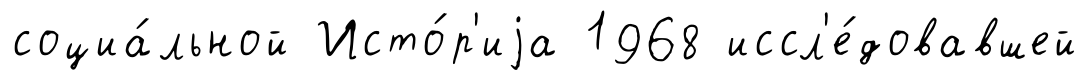
социа́льной Исто́р'иjа 1968 иссл'е́довавшей